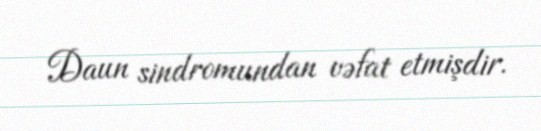
Daun sindromundan vəfat etmişdir.